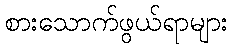
စားသောက်ဖွယ်ရာများ